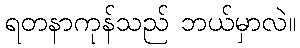
ရတနာကုန်သည် ဘယ်မှာလဲ။